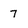
Character: 7